画像に写った文字を読んでください
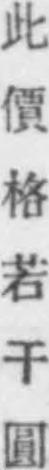
「此價格若干圓」と書いてあります